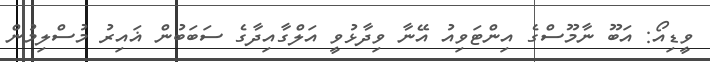
ވީޑިއޯ: އަބޫ ނާމޫސްގެ އިންޓަވިއު އޭނާ ވިދާޅުވީ އަލްގާއިދާގެ ސަބަބުން ޣައިރު މުސްލިމުން